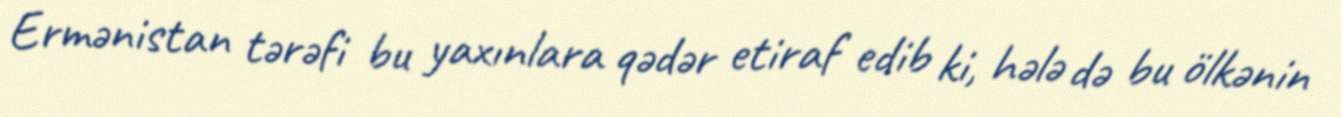
Ermənistan tərəfi bu yaxınlara qədər etiraf edib ki, hələ də bu ölkənin